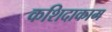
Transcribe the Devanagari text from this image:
कशिदाकाम